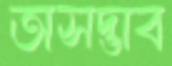
অসদ্ভাব